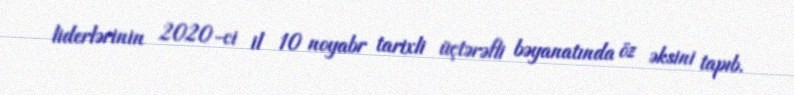
liderlərinin 2020-ci il 10 noyabr tarixli üçtərəfli bəyanatında öz əksini tapıb.